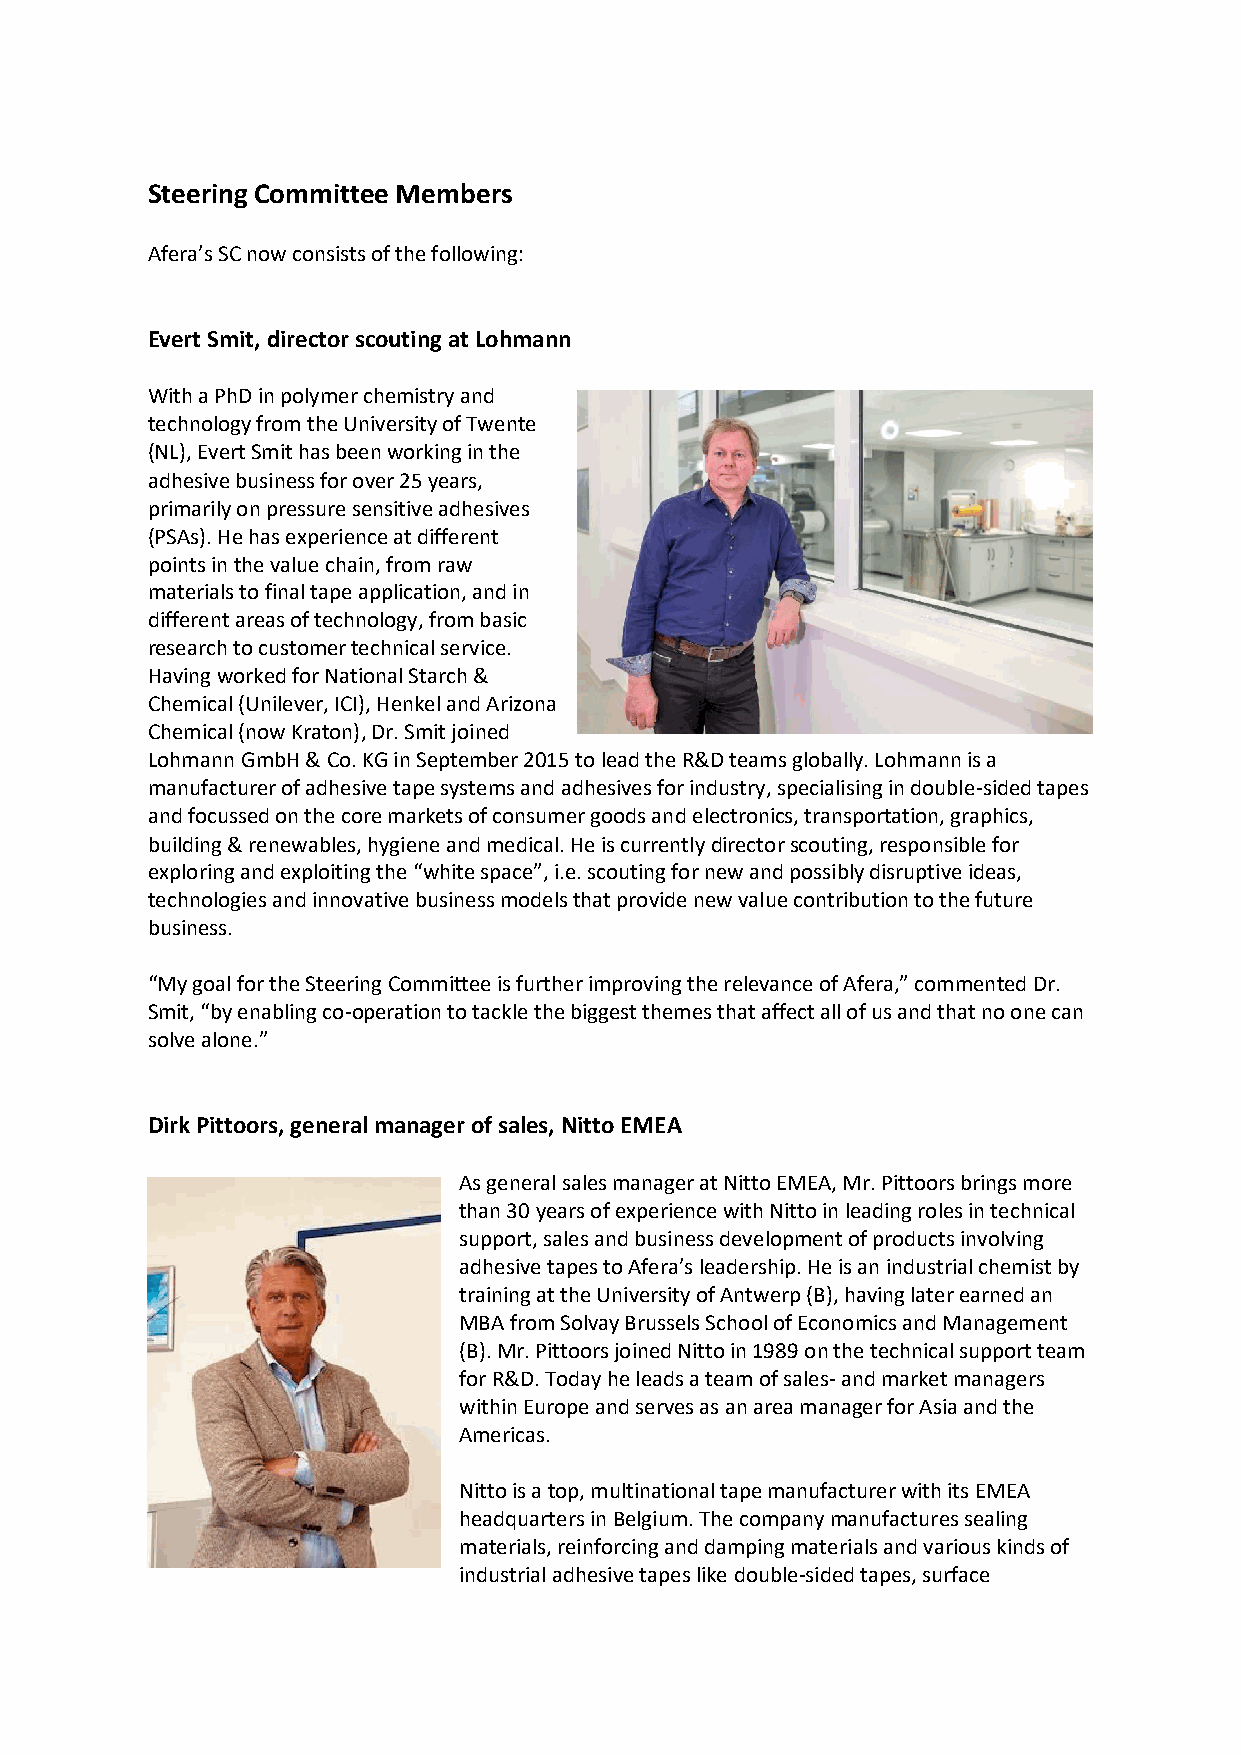
Steering Committee Members
 ’
 Evert Smit, director scouting at Lohmann
 With a PhD in polymer chemistry and
 technology from the University of Twente
 (NL), Evert Smit has been working in the
 adhesive business for over 25 years,
 primarily on pressure sensitive adhesives
 (PSAs). He has experience at different
 points in the value chain, from raw
 materials to final tape application, and in
 different areas of technology, from basic
 research to customer technical service.
 Having worked for National Starch &
 Chemical (Unilever, ICI), Henkel and Arizona
 Chemical (now Kraton), Dr. Smit joined
 Lohmann GmbH & Co. KG in September 2015 to lead the R&D teams globally. Lohmann is a
 manufacturer of adhesive tape systems and adhesives for industry, specialising in double-sided tapes
 and focussed on the core markets of consumer goods and electronics, transportation, graphics,
 building & renewables, hygiene and medical. He is currently director scouting, responsible for
 exploring and exploiting the “ ”,                        ,
 technologies and innovative business models that provide new value contribution to the future
 business.
 “                                                ,”
 , “       -operation to tackle the biggest themes that affect all of us and that no one can
 ”
 Dirk Pittoors, general manager of sales, Nitto EMEA
 As general sales manager at Nitto EMEA, Mr. Pittoors brings more
 than 30 years of experience with Nitto in leading roles in technical
 support, sales and business development of products involving
 ’       He is an industrial chemist by
 training at the University of Antwerp (B), having later earned an
 MBA from Solvay Brussels School of Economics and Management
 (B). Mr. Pittoors joined Nitto in 1989 on the technical support team
 for R&D. Today he leads a team of sales- and market managers
 within Europe and serves as an area manager for Asia and the
 Americas.
 Nitto is a top, multinational tape manufacturer with its EMEA
 headquarters in Belgium. The company manufactures sealing
 materials, reinforcing and damping materials and various kinds of
 industrial adhesive tapes like double-sided tapes, surface